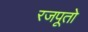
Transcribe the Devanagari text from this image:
रजपूतो